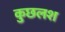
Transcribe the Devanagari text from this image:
कुछलश